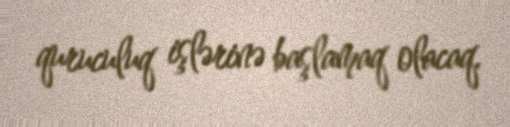
quruculuq işlərinə başlamaq olacaq.